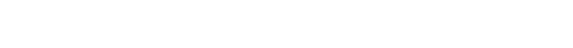
အများအားဖြင့်တော့ မိုးရာသီကျမှ ရေစီးဆင်းသည့် သဲချောင်းများ ဖြစ်သည်။